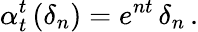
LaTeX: \alpha_{t}^{t}\, (\delta_{n})=e^{nt}\, \delta_{n}\, .